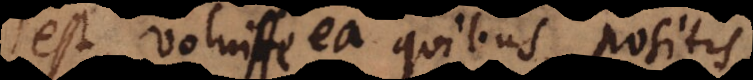
est, voluisse ea quibus positis